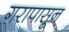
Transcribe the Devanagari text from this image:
गरापासून